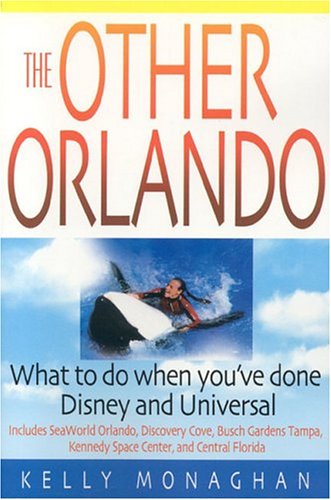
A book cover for The Other Orlando: What To Do When You've Done Disney and Universal (Other Orlando: What to Do When You've Done Disney & Universal); Kelly Monaghan; Travel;